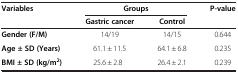
<table><thead><tr><td><b>Variables</b></td><td colspan="2"><b>Groups</b></td><td><b>P-value</b></td></tr><tr><td>[EMPTY_CELL]</td><td><b>Gastric cancer</b></td><td><b>Control</b></td><td>[EMPTY_CELL]</td></tr></thead><tbody><tr><td><b>Gender (F/M)</b></td><td>14/19</td><td>14/15</td><td>0.644</td></tr><tr><td><b>Age ± SD (Years)</b></td><td>61.1 ± 11.5</td><td>64.1 ± 6.8</td><td>0.235</td></tr><tr><td><b>BMI ± SD (kg/m</b><sup><b>2</b></sup><b>)</b></td><td>25.6 ± 2.8</td><td>26.4 ± 2.1</td><td>0.239</td></tr></tbody></table>